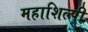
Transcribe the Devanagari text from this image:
महाशिल्पी